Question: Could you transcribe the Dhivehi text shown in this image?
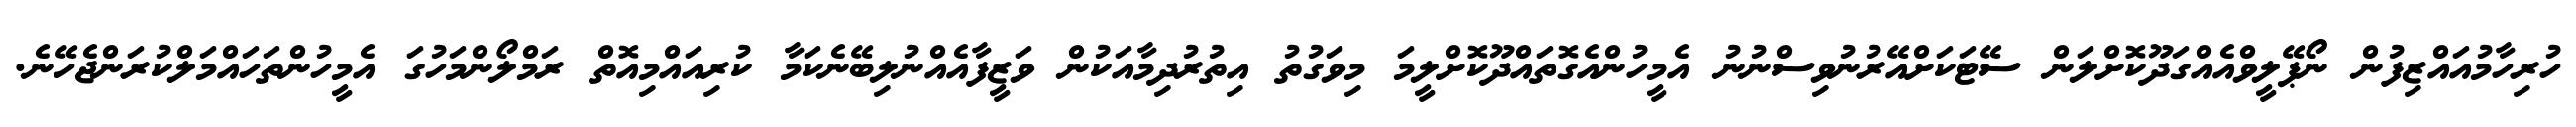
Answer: ހުރިހާމުއައްޒިފުން ނޯޕޭލީވްއެއްގަދޫކޮށްލަން ސޭޓަކަށްއޭރުނުވިސްނުނު އެމީހުންއެގޮތައްދޫކޮށްލީމަ މިވަގުތު އިތުރުދިމާއަކުން ވަޒީފާއެއްނުލިބޭނެކަމާ ކުރިއައްމިއޮތް ރަމްލޯންމަހުގަ އެމީހުންތަހައްމަލްކުރަންޖެހޭނެ.